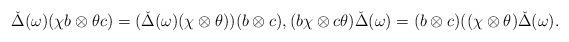
LaTeX: \begin{align*} \check{\Delta}(\omega)(\chi b \otimes \theta c) = (\check{\Delta}(\omega)(\chi\otimes \theta))(b\otimes c),(b\chi \otimes c\theta)\check{\Delta}(\omega) = (b\otimes c)((\chi\otimes \theta)\check{\Delta}(\omega).\end{align*}